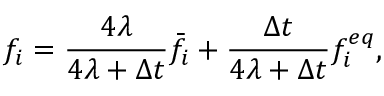
f _ { i } = \frac { 4 \lambda } { 4 \lambda + \Delta t } \bar { f } _ { i } + \frac { \Delta t } { 4 \lambda + \Delta t } f _ { i } ^ { e q } ,